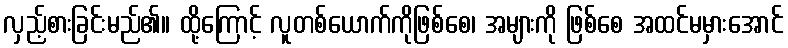
လှည့်စားခြင်းမည်၏။ ထို့ကြောင့် လူတစ်ယောက်ကိုဖြစ်စေ၊ အများကို ဖြစ်စေ အထင်မမှားအောင်